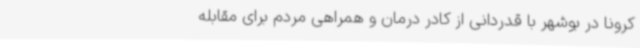
کرونا در بوشهر با قدردانی از کادر درمان و همراهی مردم برای مقابله